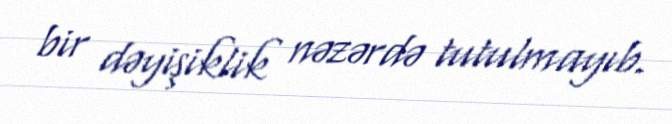
bir dəyişiklik nəzərdə tutulmayıb.